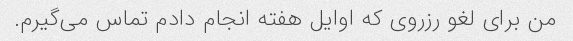
من برای لغو رزروی که اوایل هفته انجام دادم تماس می‌گیرم.